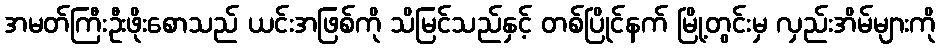
အမတ်ကြီးဦးဖိုးစောသည် ယင်းအဖြစ်ကို သိမြင်သည်နှင့် တစ်ပြိုင်နက် မြို့တွင်းမှ လှည်းအိမ်များကို